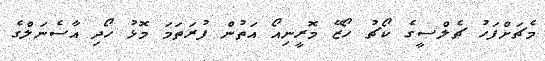
މެޗަށްފަހު ޗެލްސީގެ ކޯޗު ހޯޒޭ މޮރީނިއޯ އަތުން ފުރަތަމަ މޮޅު ހޯދި އާސެނަލްގެ